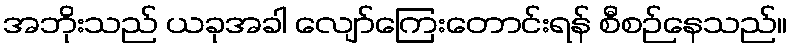
အဘိုးသည် ယခုအခါ လျော်ကြေးတောင်းရန် စီစဉ်နေသည်။